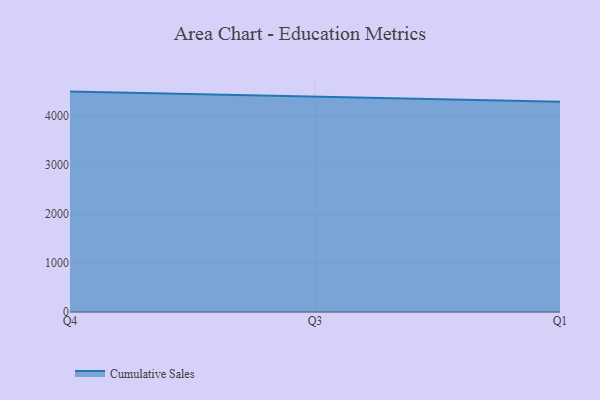
{"axis": {"x": "Quarter", "y": "Inventory Turnover"}, "legend": ["Cumulative Sales"], "data": [{"x": "Q4", "y": 4500.1, "type": "Cumulative Sales"}, {"x": "Q3", "y": 4390.7, "type": "Cumulative Sales"}, {"x": "Q1", "y": 4290.6, "type": "Cumulative Sales"}]}